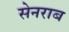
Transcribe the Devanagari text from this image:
सेनराब